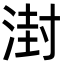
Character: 湗